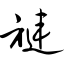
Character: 裢